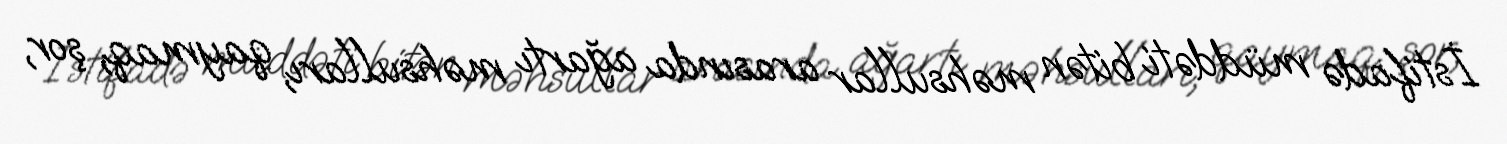
İstifadə müddəti bitən məhsullar arasında ağartı məhsulları, qaymaq, şor,